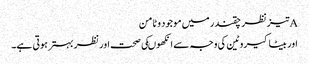
Aتیزنظر چقندر میں موجود وٹامن
اور بیٹاکیروٹین کی وجہ سے انکھوںکی صحت اور نظر بہترہوتی ہے۔